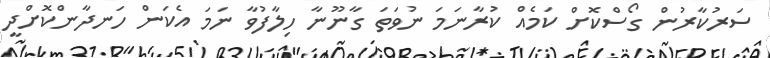
ސަރުކާރުން ގޯސްކޮށް ކަމެއް ކުރާނަމަ ނުވަތަ ގާނޫނާ ހިލާފުވާ ނަމަ އެކަން ހަނދާންކޮށްދީ